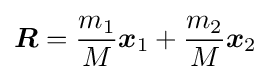
{\boldsymbol {R}}={\frac {m_{1}}{M}}{\boldsymbol {x}}_{1}+{\frac {m_{2}}{M}}{\boldsymbol {x}}_{2}